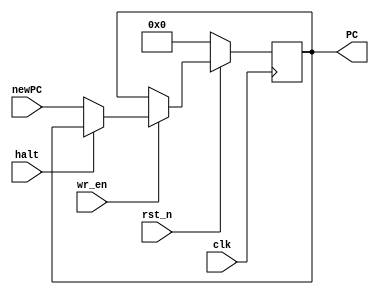
module PC (clk,rst_n,halt, newPC ,wr_en,PC);
	
	input clk,rst_n,halt,wr_en;

	input [15:0] newPC;
	
	output [15:0] PC;

	reg [15:0] PC_reg;

	always@(posedge clk)	begin
		if(~rst_n)
			PC_reg <= 0;
		else begin
			if(wr_en)begin
				if(halt)
					PC_reg <= PC_reg;
				else 
					PC_reg <= newPC;				
			end 
		end
	end

	assign PC = PC_reg;

endmodule